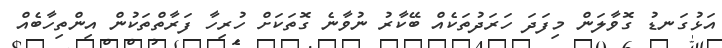
އަޅުގަނޑު ގޮވާލަން މިފަދަ ހަރަދުތަކެއް ބޭކާރު ނުވާނެ ގޮތަކަށް ހުރިހާ ފަރާތްތަކުން އިންތިހާބެއް